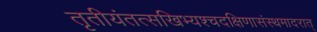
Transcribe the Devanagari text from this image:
तृतीयंतत्सखिभ्यश्चदक्षिणासंस्थमादरात्